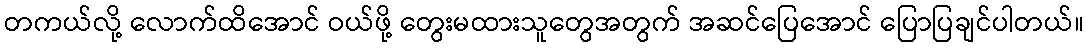
တကယ်လို့ လောက်ထိအောင် ဝယ်ဖို့ တွေးမထားသူတွေအတွက် အဆင်ပြေအောင် ပြောပြချင်ပါတယ်။